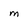
Character: M